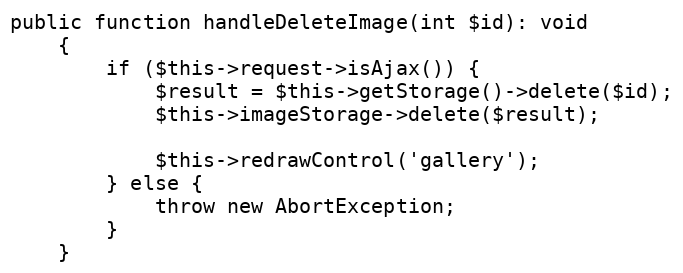
Language: PHP
public function handleDeleteImage(int $id): void
	{
		if ($this->request->isAjax()) {
			$result = $this->getStorage()->delete($id);
			$this->imageStorage->delete($result);

			$this->redrawControl('gallery');
		} else {
			throw new AbortException;
		}
	}